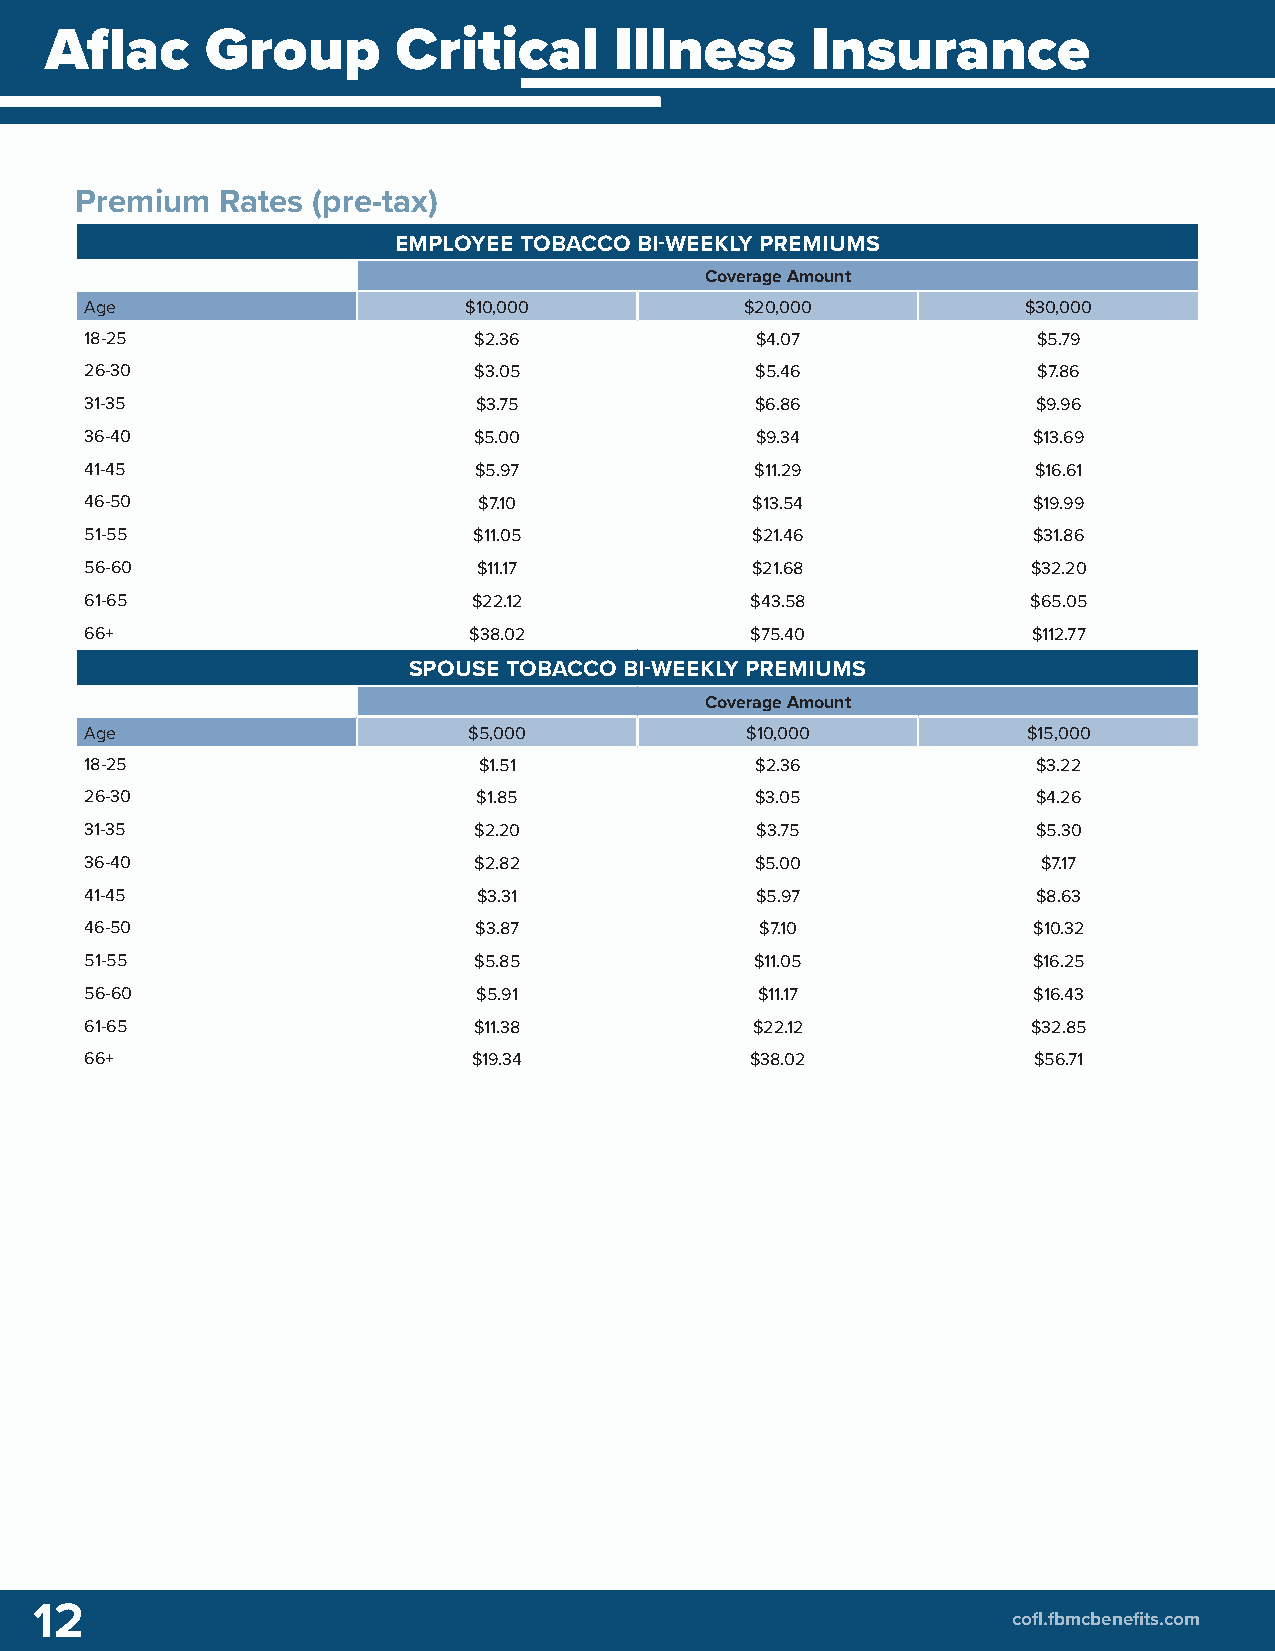
Aflac      Group       Critical       Illness      Insurance
 Premium   Rates (pre-tax)
 EMPLOYEE TOBACCO BI-WEEKLY PREMIUMS
 Coverage Amount
 Age                      $10,000           $20,000            $30,000
 18-25                    $2.36              $4.07              $5.79
 26-30                    $3.05              $5.46              $7.86
 31-35                    $3.75              $6.86              $9.96
 36-40                    $5.00              $9.34             $13.69
 41-45                    $5.97              $11.29             $16.61
 46-50                     $7.10             $13.54            $19.99
 51-55                    $11.05             $21.46            $31.86
 56-60                     $11.17            $21.68            $32.20
 61-65                    $22.12             $43.58            $65.05
 66+                      $38.02             $75.40            $112.77
 SPOUSE TOBACCO BI-WEEKLY PREMIUMS
 Coverage Amount
 Age                      $5,000            $10,000            $15,000
 18-25                     $1.51             $2.36              $3.22
 26-30                     $1.85             $3.05              $4.26
 31-35                    $2.20              $3.75              $5.30
 36-40                    $2.82              $5.00              $7.17
 41-45                     $3.31             $5.97              $8.63
 46-50                    $3.87              $7.10             $10.32
 51-55                    $5.85              $11.05            $16.25
 56-60                     $5.91             $11.17            $16.43
 61-65                    $11.38             $22.12            $32.85
 66+                      $19.34             $38.02            $56.71
 12
 cofl.fbmcbenefits.com